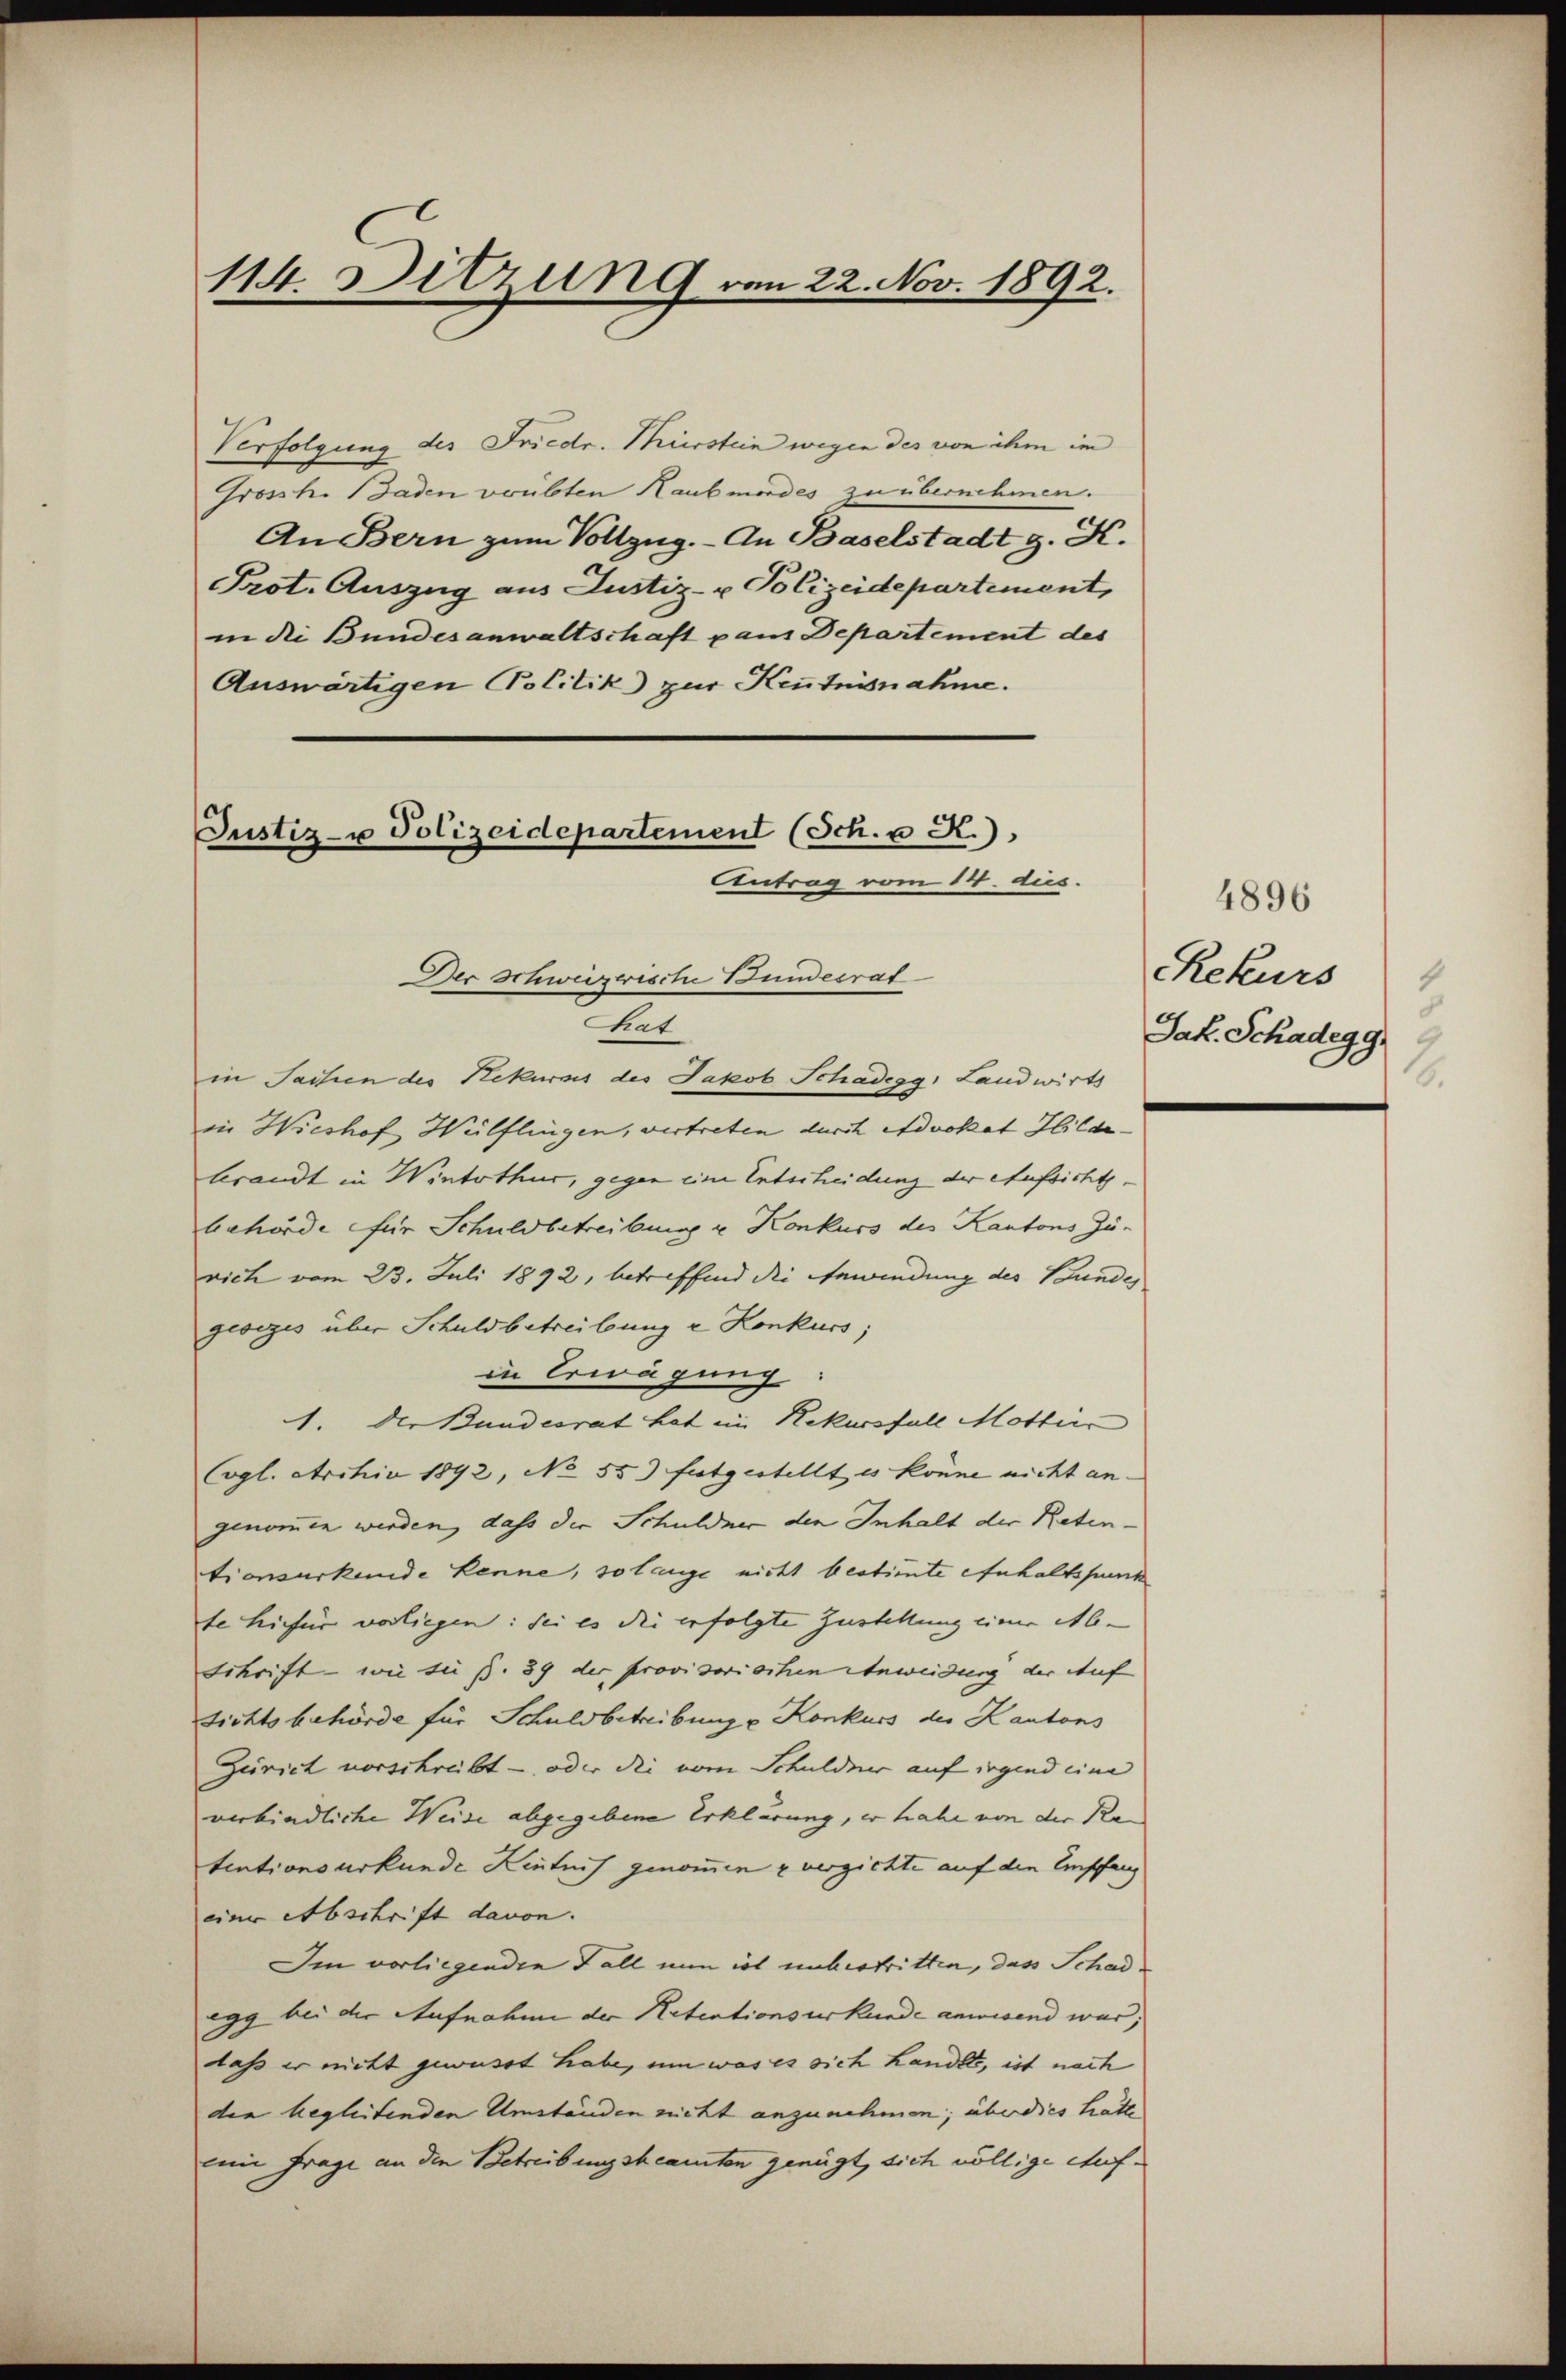
114. Ditzung vom 22. Nov. 1892.

Verfolgung des Friedr. Mürstein wegen des von ihm im
Grosche Faden voubten Raubmordes zu übernehmen.
An Bern zum Vollzug. - An Baselstadt g. K.
Prot. Auszug aus Justiz- & Polizeidepartement,
in die Bundesanwaltschaft pans Departement des
Auswärtigen Politik zur Kenntnisnahme.
Justiz- u Polizeidepartement (Sch. u K.).
Antrag vom 14. dus.

Der Schweizerische Bundesrat
kat

in Sachen des Rekurses des Jakob Schadegg, Landwirts
in Wieshof Wülflingen, vertreten durch Advokat Hildebrandt in Winterthur, gegen eine Entscheidung der Aufsicht
behörde für Schuldbetreibung u. Konkurs des Kantons Zu-
rich vom 23. Juli 1892, betreffend die Gewindung des Bunde,
gesezes über Schuldbetreibung z. Konkurs;
in Erwägung:
1. Der Bundesrat hat im Rekursfall Motter
Cogl. Archiv 1892, No 55) futgestellt es könne nicht angenommen werden, dass die Schuldner den Inhalt der Retentionsurkunde kenne, solange nicht bestimte Anhaltspunk
te hiefür vorliegen: Sei es die erfolgte Zustellung eine Ab¬
Schrift - wie sie p. 39 der provisorischen Anweidung der Auf
sichtsbehörde für Schuldbetreibung u Konkurs des Kantons
Zürich vorschreibt - oder die vom Schuldner auf irgend eine
verbindliche Weise abgegebene Erklärung, er habe von der Ra
tentionsurkunde Hintnis genommen u verzichte auf den Empfang
einer Abschrift davon.
Im vorliegenden Fall nun ist unbestritten, das Schadegg bei der Aufnahme der Retentionsurkunde anwesend war;
dass er nicht gewusst habe, um was es sich handelte, ist nach
den begleitenden Umständen nicht anzunehmen; über dies hatt
leine Frage an den Betreibungsbeamten genügt, sich völlige Auf¬

4896
Rekurs
Jak. Schadegg
6.